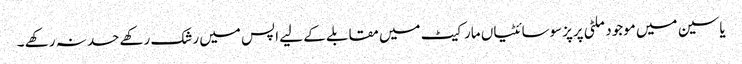
یاسین میں موجود ملٹی پرپزسوسائٹیاں مارکیٹ میں مقابلے کے لیے اپس میں رشک رکھے حسد نہ رکھے ۔